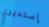
إستديري